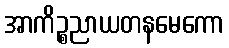
အာကိဉ္စညာယတနမေကော